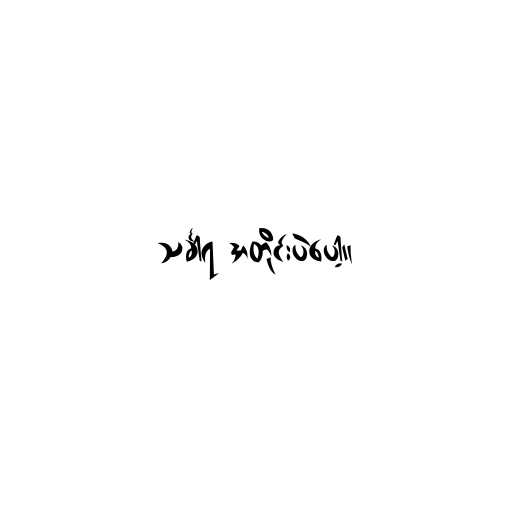
သင်္ခါရ အတိုင်းပဲပေါ့။